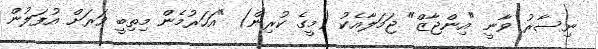
ނިސާރު ވާނީ "އިންޖާޒް" ޖަމަލާއެކު (މީގެ ކުރިން) "އަހަރުމެން މިތިބީ ވަރަށް އުފަލުން